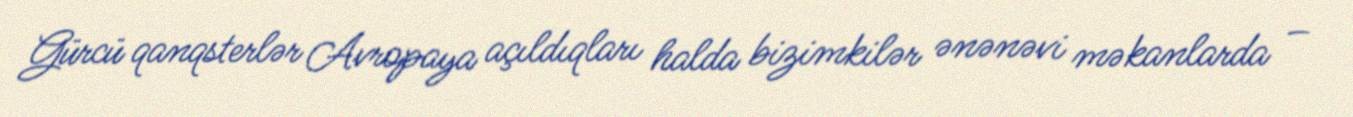
Gürcü qanqsterlər Avropaya açıldıqları halda bizimkilər ənənəvi məkanlarda –